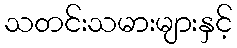
သတင်းသမားများနှင့်